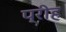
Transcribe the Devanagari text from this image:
प्रीह